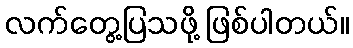
လက်တွေ့ပြသဖို့ ဖြစ်ပါတယ်။